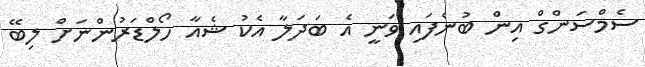
ސެމްސަންގް އިން ބުނެފައި ވަނީ އެ ބަދަލާ އެކު ޝެއާ ހޯލްޑަރުންނަށް ލިބޭ